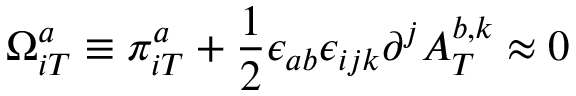
\Omega _ { i T } ^ { a } \equiv \pi _ { i T } ^ { a } + \frac { 1 } { 2 } \epsilon _ { a b } \epsilon _ { i j k } \partial ^ { j } A _ { T } ^ { b , k } \approx 0